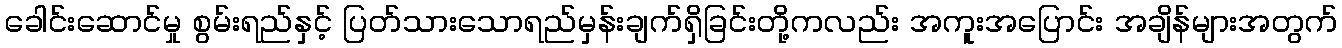
ခေါင်းဆောင်မှု စွမ်းရည်နှင့် ပြတ်သားသောရည်မှန်းချက်ရှိခြင်းတို့ကလည်း အကူးအပြောင်း အချိန်များအတွက်